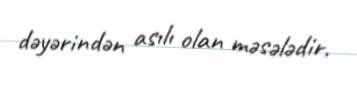
dəyərindən asılı olan məsələdir.